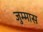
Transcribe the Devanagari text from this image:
जुम्मास